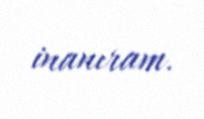
inanıram.